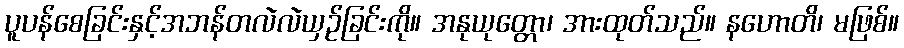
ပူပန်စေခြင်းနှင့်အဘန်တလဲလဲယှဉ်ခြင်းကို။ အနုယုတ္တော၊ အားထုတ်သည်။ နဟောတိ၊ မဖြစ်။